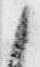
候